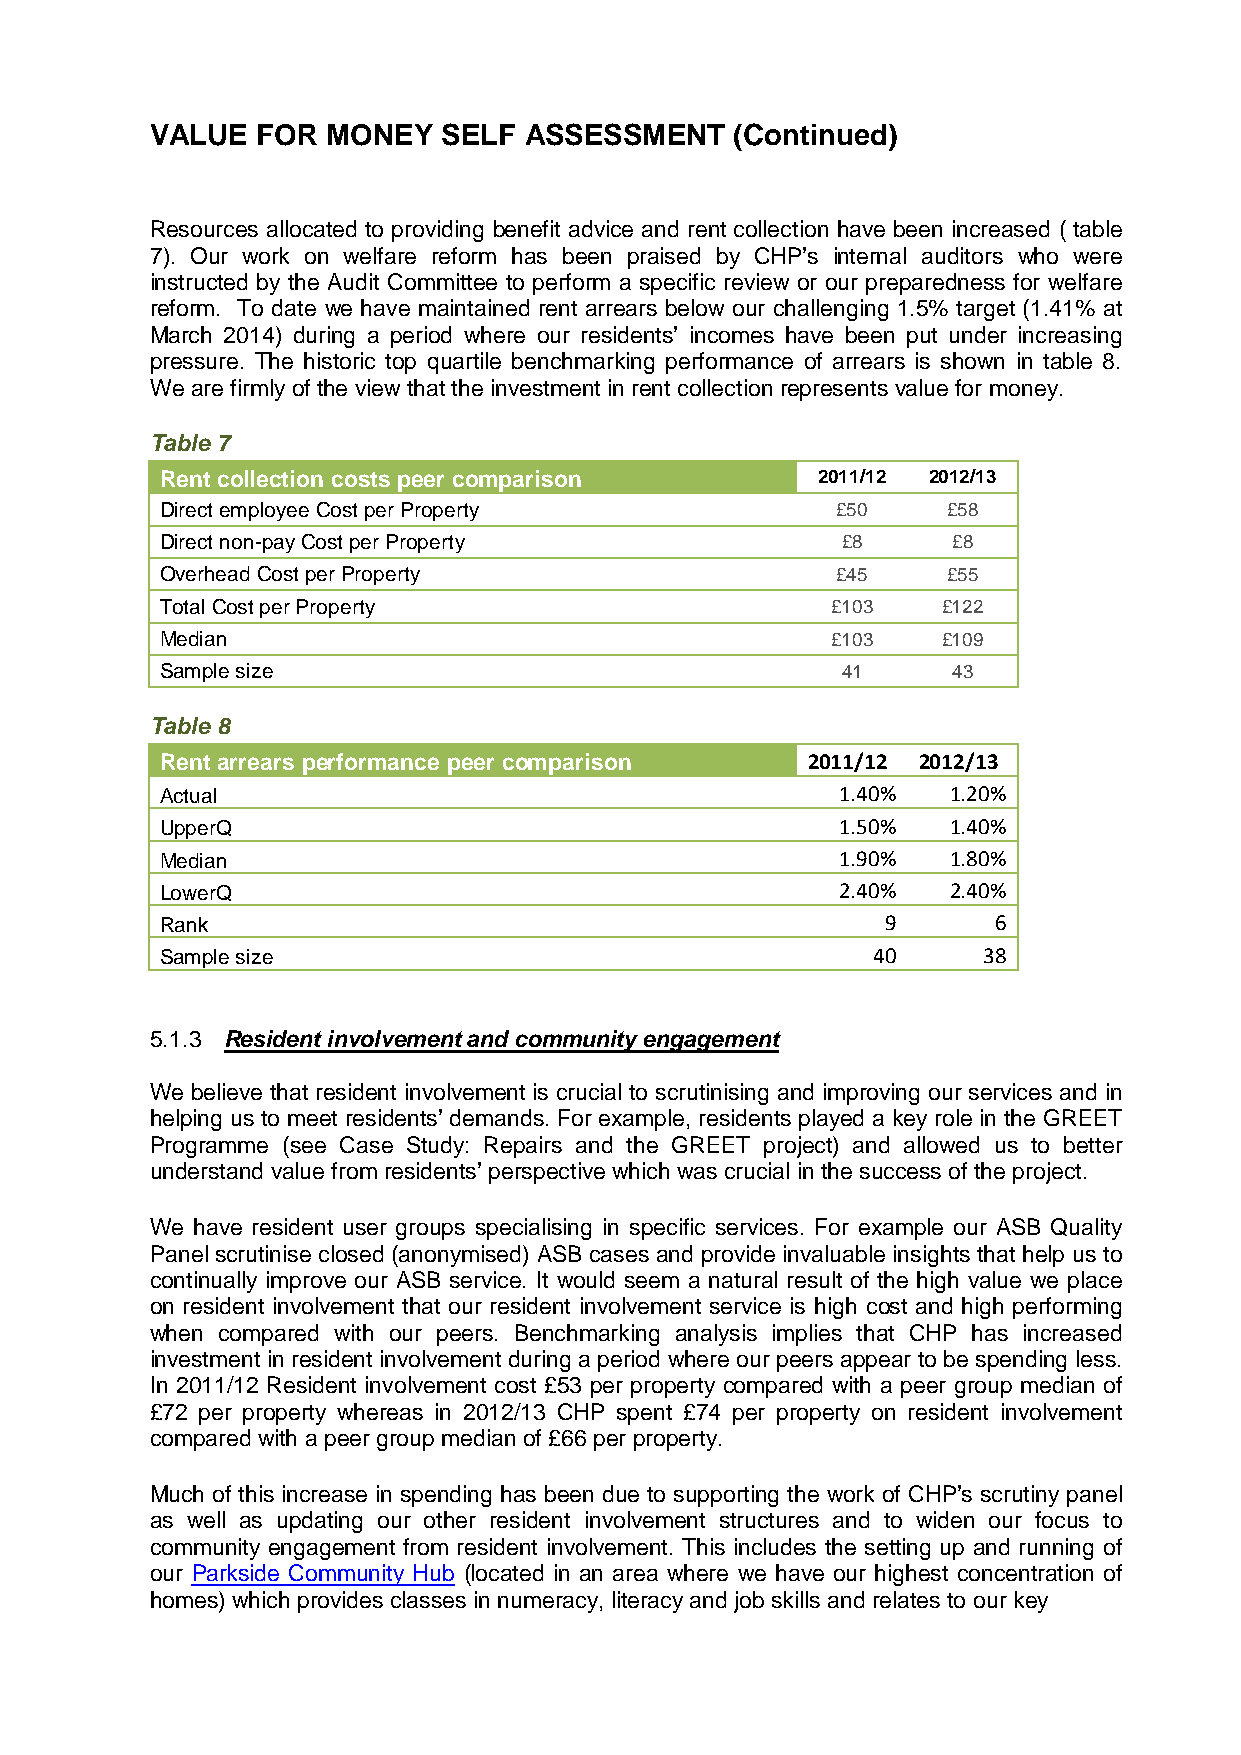
VALUE  FOR  MONEY  SELF  ASSESSMENT    (Continued)
 Resources allocated to providing benefit advice and rent collection have been increased ( table
 7). Our work on welfare reform has been praised by CHP’s internal auditors who were
 instructed by the Audit Committee to perform a specific review or our preparedness for welfare
 reform. To date we have maintained rent arrears below our challenging 1.5% target (1.41% at
 March 2014) during a period where our residents’ incomes have been put under increasing
 pressure. The historic top quartile benchmarking performance of arrears is shown in table 8.
 We are firmly of the view that the investment in rent collection represents value for money.
 Table 7
 Rent collection costs peer comparison      2011/12 2012/13
 Direct employee Cost per Property           £50     £58
 Direct non-pay Cost per Property             £8     £8
 Overhead Cost per Property                  £45     £55
 Total Cost per Property                     £103   £122
 Median                                      £103   £109
 Sample size                                  41     43
 Table 8
 Rent arrears performance peer comparison  2011/12 2012/13
 Actual                                       1.40%  1.20%
 UpperQ                                       1.50%  1.40%
 Median                                       1.90%  1.80%
 LowerQ                                       2.40%  2.40%
 Rank                                            9      6
 Sample size                                    40     38
 5.1.3 Resident involvement and community engagement
 We believe that resident involvement is crucial to scrutinising and improving our services and in
 helping us to meet residents’ demands. For example, residents played a key role in the GREET
 Programme (see Case Study: Repairs and the GREET project) and allowed us to better
 understand value from residents’ perspective which was crucial in the success of the project.
 We have resident user groups specialising in specific services. For example our ASB Quality
 Panel scrutinise closed (anonymised) ASB cases and provide invaluable insights that help us to
 continually improve our ASB service. It would seem a natural result of the high value we place
 on resident involvement that our resident involvement service is high cost and high performing
 when compared with our peers. Benchmarking analysis implies that CHP has increased
 investment in resident involvement during a period where our peers appear to be spending less.
 In 2011/12 Resident involvement cost £53 per property compared with a peer group median of
 £72 per property whereas in 2012/13 CHP spent £74 per property on resident involvement
 compared with a peer group median of £66 per property.
 Much of this increase in spending has been due to supporting the work of CHP’s scrutiny panel
 as well as updating our other resident involvement structures and to widen our focus to
 community engagement from resident involvement. This includes the setting up and running of
 our Parkside Community Hub (located in an area where we have our highest concentration of
 homes) which provides classes in numeracy, literacy and job skills and relates to our key